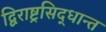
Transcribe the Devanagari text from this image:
द्विराष्ट्रसिद्धान्त